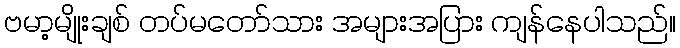
ဗမာ့မျိုးချစ် တပ်မတော်သား အများအပြား ကျန်နေပါသည်။